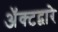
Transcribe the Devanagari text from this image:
अॅक्टद्वारे